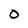
Character: O